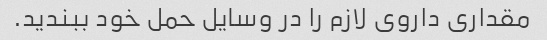
مقداری داروی لازم را در وسایل حمل خود ببندید.